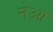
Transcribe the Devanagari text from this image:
नेआ